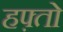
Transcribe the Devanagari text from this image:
हफ़्तो